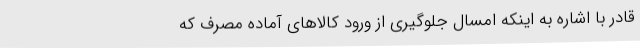
قادر با اشاره به اینکه امسال جلوگیری از ورود کالاهای آماده مصرف که